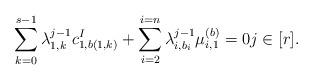
LaTeX: \begin{align*}\sum_{k = 0}^{s - 1} \lambda_{1, k}^{j - 1} c^{I}_{1, b(1, k)} + \sum_{i = 2}^{i = n} \lambda_{i, b_{i}}^{j - 1} \mu_{i, 1}^{(b)} = 0 j \in [r].\end{align*}